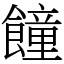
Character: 䭚